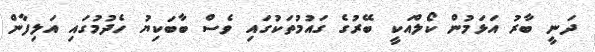
ދަނީ ބާރު އަޅަމުން ކޯލްއަކީ ބޭރުގެ ގައުމުތަކުގައި ވެސް ބާބަކިޔު ހެދުމުގައި އަލިފާން